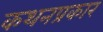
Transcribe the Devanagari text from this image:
कथनप्रकार